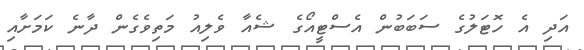
އަދި އެ ހޮޓަލުގެ ސަބަބުން އެސްޓީއޯގެ ޝެއާ ވެލިއު މަތިވެގެން ދާނެ ކަމަށާއި